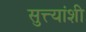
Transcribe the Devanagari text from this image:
सुत्त्यांशी